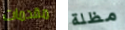
مقدمات مظلة